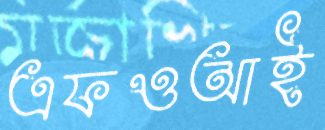
এফওআই